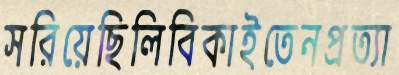
সরিয়েছিলিবিকাইতেনপ্রত্যা